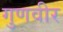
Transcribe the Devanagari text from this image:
गुणवीर